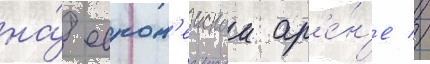
на́ европ'еискои ар'е́н'е //